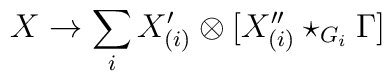
X\to \sum_i X^\prime_{(i)}\otimes[X^{\prime\prime}_{(i)}\star_{G_i}\Gamma]